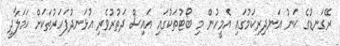
ރޭގަނޑުގެ ކަނު އަނދިރިކަމުގައި އެމީހުން މި ބޯޓުތަކުގައި އައިސް ދަތުރުވެރި އުޅަނދުފަހަރުތަކަށް ޙަމަލާދީ